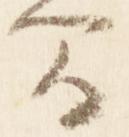
間